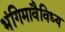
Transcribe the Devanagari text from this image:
भंगिमावैविध्य